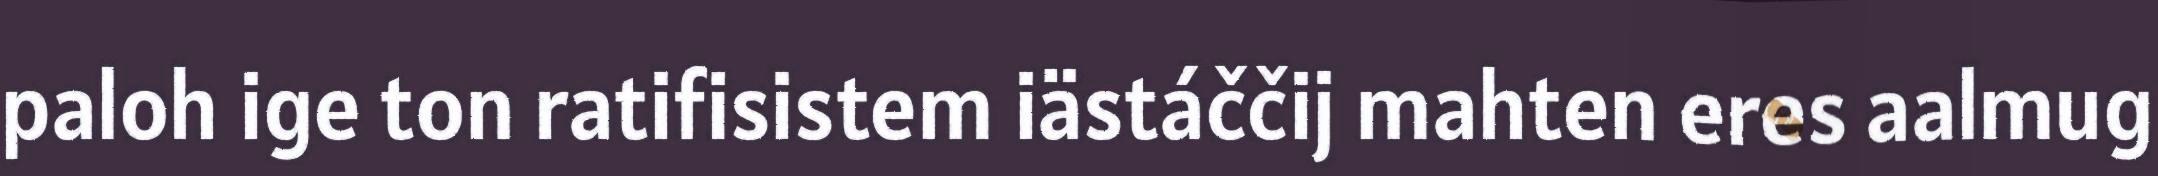
paloh ige ton ratifisistem iästáččij mahten eres aalmug